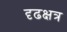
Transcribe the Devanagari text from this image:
दृढक्षत्र